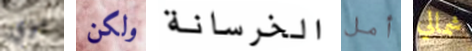
بزي ولكن الخرسانة أمل شمالي